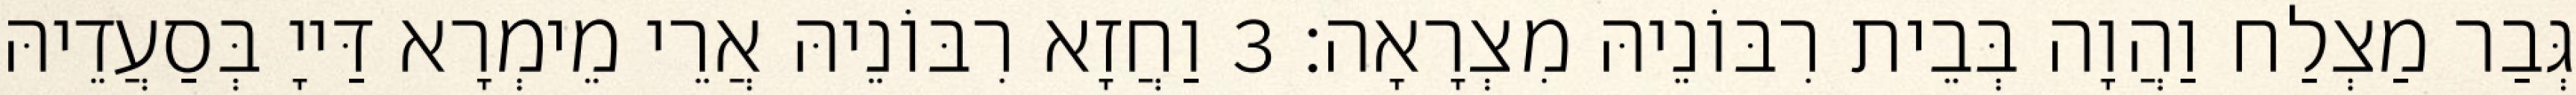
גְּבַר מַצְלַח וַהֲוָה בְּבֵית רִבּוֹנֵיהּ מִצְרָאָה׃ 3 וַחֲזָא רִבּוֹנֵיהּ אֲרֵי מֵימְרָא דַּייָ בְּסַעֲדֵיהּ